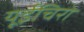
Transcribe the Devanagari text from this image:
यूईचिरो